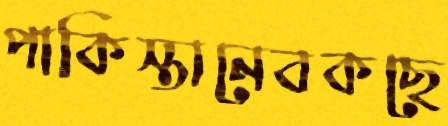
পাকিস্তানেবকছে